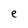
Character: e